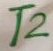
Text: T2